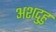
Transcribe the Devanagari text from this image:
अशदुहु